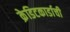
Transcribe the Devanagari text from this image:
क्रेडिटकार्डाची